Insane asylums in Bengal annual reports 1876-1887 - 1876-1887
Year: 1876
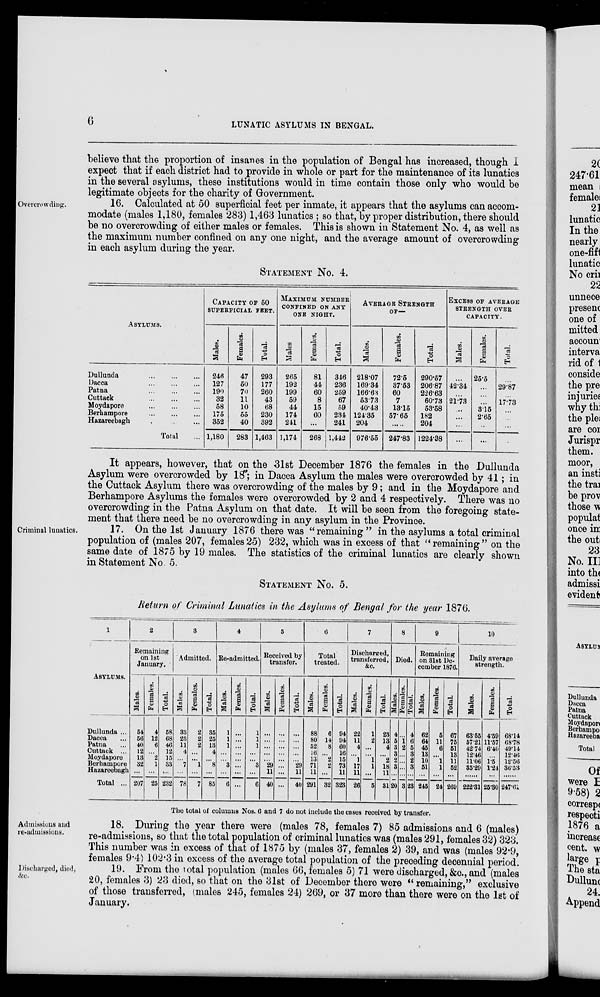
6
LUNATIC ASYLUMS IN BENGAL.
Overcrowding.
believe that the proportion of insanes in the population of Bengal has increased, though I
expect that if each district had to provide in whole or part for the maintenance of its lunatics
in the several asylums, these institutions would in time contain those only who would be
legitimate objects for the charity of Government.
16. Calculated at 50 superficial feet per inmate, it appears that the asylums can accom-
modate (males 1,180, females 283) 1,463 lunatics ; so that, by proper distribution, there should
be no overcrowding of either males or females. This is shown in Statement No. 4, as well as
the maximum number confined on any one night, and the average amount of overcrowding
in each asylum during the year.
STATEMENT No. 4.
ASYLUMS.
Dullunda
...
...
...
Dacca
...
...
...
Patna
...
...
...
Cuttack
...
...
...
Moydapore
...
...
...
Berhampore
...
...
...
Hazareebagh ... ... ...
Total ...
CAPACITY OF 50
SUPERFICIAL FEET.
Males.
246
127
190
32
58
175
352
1,180
Females.
47
50
70
11
10
55
40
283
Total.
293
177
260
43
68
230
392
1,463
MAXIMUM NUMBER
CONFINED ON ANY
ONE NIGHT.
Males
265
192
199
59
44
174
241
1,174
Females.
81
44
60
8
15
60
...
268
Total.
346
236
259
67
59
234
241
1,442
AVERAGE STRENGTH
OF—
Males.
218.07
169.34
166.63
53.73
40.43
124.35
204
976.55
Females.
72.5
37.53
60
7
13.15
57.65
...
247.83
Total.
290.57
206.87
226.63
60.73
53.58
182
204
1224.38
EXCESS OF AVERAGE
STRENGTH OVER
CAPACITY.
Males.
...
42.34
...
21.73
...
...
...
...
Females.
25.5
...
...
...
3.15
2.65
...
...
Total.
...
29.87
...
17.73
...
...
...
...
It appears, however, that on the 31st December 1876 the females in the Dullunda
Asylum were overcrowded by 18; in Dacca Asylum the males were overcrowded by 41; in
the Cuttack Asylum there was overcrowding of the males by 9; and in the Moydapore and
Berhampore Asylums the females were overcrowded by 2 and 4 respectively. There was no
overcrowding in the Patna Asylum on that date. It will be seen from the foregoing state-
ment that there need be no overcrowding in any asylum in the Province.
Criminal lunatics.
17. On the 1st January 1876 there was “remaining” in the asylums a total criminal
population of (males 207, females 25) 232, which was in excess of that “ remaining ” on the
same date of 1875 by 19 males. The statistics of the criminal lunatics are clearly shown
in Statement No. 5.
STATEMENT No. 5.
Return of Criminal Lunatics in the Asylums of Bengal for the year 1876.
1
ASYLUMS.
Dullunda ...
Dacca ...
Patna ...
Cuttack ...
Moydapore
Berhampore
Hazareebagh
Total ...
2
Remaining
on 1st
January.
Males.
54
56
40
12
13
32
...
207
Females.
4
12
6
...
2
1
...
25
Total.
58
68
46
12
15
33
...
232
3
Admitted.
Males.
33
23
11
4
...
7
...
78
Females.
2
2
2
...
...
1
...
7
Total.
35
25
13
4
...
8
...
85
4
Re-admitted.
Males.
1
1
1
...
...
3
...
6
Females.
...
...
...
...
...
...
...
...
Total.
1
1
1
...
...
3
...
6
5
Received by
transfer.
Males.
...
...
...
...
29
11
40
Females.
...
...
...
...
...
...
...
...
Total.
...
...
...
...
...
29
11
40
6
Total
treated.
Males.
88
80
52
16
13
71
11
291
Females.
6
14
8
...
2
2
...
32
Total.
94
94
60
16
15
73
11
323
7
Discharged,
transferred,
&c.
Males.
22
11
4
...
1
17
11
26
Females.
1
2
...
...
1
1
...
5
Total.
23
13
4
...
2
18
11
31
8
Died.
Males.
4
5
3
3
2
3
...
20
Females.
...
1
2
...
...
...
...
3
Total.
4
6
5
3
2
3
...
23
9
Remaining
on 31st De-
cember 1876.
Males.
62
64
45
13
10
51
...
245
Females.
5
11
6
...
1
1
...
24
Total.
67
75
51
13
11
52
...
269
10
Daily average
strength.
Males.
63.55
57.21
42.74
12.46
11.06
35.29
......
222.31
Females.
4.59
11.57
6.40
...
1.5
1.24
...
25.30
Total.
68.14
68.78
49.14
12.46
12.56
36.53
...
247.61
The total of columns Nos. 6 and 7 do not include the cases received by transfer.
Admissions and
re-admissions.
18. During the year there were (males 78, females 7) 85 admissions and 6 (males)
re-admissions, so that the total population of criminal lunatics was (males 291, females 32) 323.
This number was in excess of that of 1875 by (males 37, females 2) 39, and was (males 92.9,
females 9.4) 102.3 in excess of the average total population of the preceding decennial period.
Discharged, died,
&c.
19. From the total population (males 66, females 5) 71 were discharged, &c., and (males
20, females 3) 23 died, so that on the 31st of December there were “ remaining,” exclusive
of those transferred, (males 245, females 24) 269, or 37 more than there were on the 1st of
January.